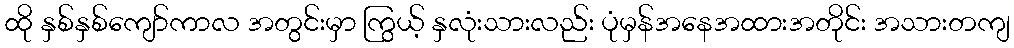
ထို နှစ်နှစ်ကျော်ကာလ အတွင်းမှာ ကြွယ့် နှလုံးသားလည်း ပုံမှန်အနေအထားအတိုင်း အသားတကျ